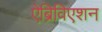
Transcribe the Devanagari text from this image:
ऐब्रिविएशन